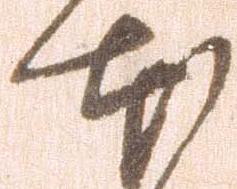
本